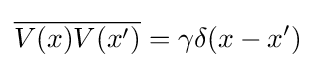
{\overline {V(x)V(x')}}=\gamma \delta (x-x')